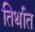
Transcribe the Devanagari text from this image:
तिर्थात